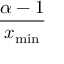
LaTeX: \frac { \alpha - 1 } { x _ { \operatorname* { m i n } } }